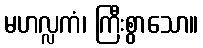
မဟလ္လကံ၊ ကြီးစွာသော။